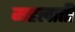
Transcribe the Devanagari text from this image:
महलाती